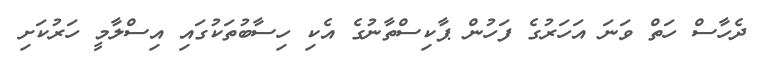
ދެހާސް ހަތް ވަނަ އަހަރުގެ ފަހުން ޕާކިސްތާނުގެ އެކި ހިސާބުތަކުގައި އިސްލާމީ ހަރުކަށި